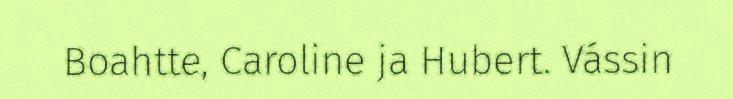
Boahtte, Caroline ja Hubert. Vássin